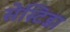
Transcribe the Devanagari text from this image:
सेस्टिडा